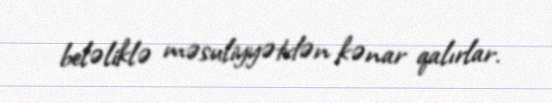
beləliklə məsuliyyətdən kənar qalırlar.